Scientific memoirs by medical officers of the Army of India - Part X,
Year: 1897
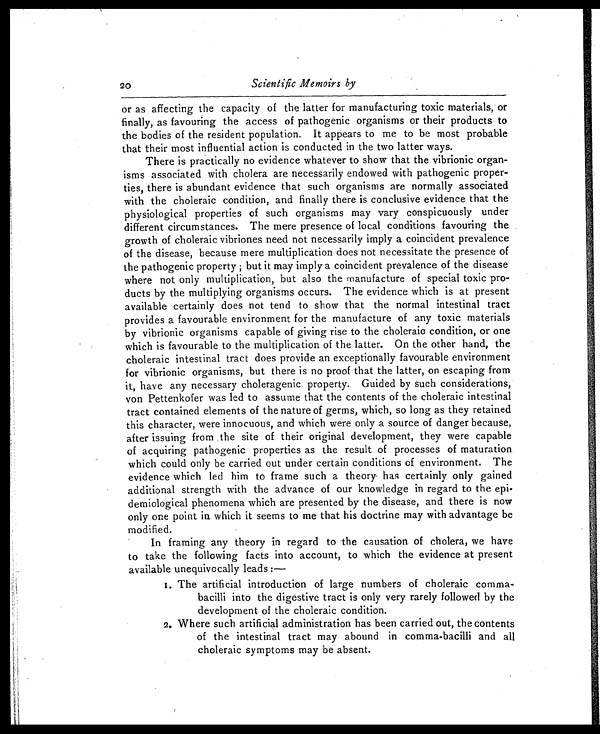
20
Scientific Memoirs by
or as affecting the capacity of the latter for manufacturing toxic materials, or
finally, as favouring the access of pathogenic organisms or their products to
the bodies of the resident population. It appears to me to be most probable
that their most influential action is conducted in the two latter ways.
There is practically no evidence whatever to show that the vibrionic organ-
isms associated with cholera are necessarily endowed with pathogenic proper-
ties, there is abundant evidence that such organisms are normally associated
with the choleraic condition, and finally there is conclusive evidence that the
physiological properties of such organisms may vary conspicuously under
different circumstances. The mere presence of local conditions favouring the
growth of choleraic vibriones need not necessarily imply a coincident prevalence
of the disease, because mere multiplication does not necessitate the presence of
the pathogenic property ; but it may imply a coincident prevalence of the disease
where not only multiplication, but also the manufacture of special toxic pro-
ducts by the multiplying organisms occurs. The evidence which is at present
available certainly does not tend to show that the normal intestinal tract
provides a favourable environment for the manufacture of any toxic materials
by vibrionic organisms capable of giving rise to the choleraic condition, or one
which is favourable to the multiplication of the latter. On the other hand, the
choleraic intestinal tract does provide an exceptionally favourable environment
for vibrionic organisms, but there is no proof that the latter, on escaping from
it, have any necessary choleragenic property. Guided by such considerations,
von Pettenkofer was led to assume that the contents of the choleraic intestinal
tract contained elements of the nature of germs, which, so long as they retained
this character, were innocuous, and which were only a source of danger because,
after issuing from the site of their original development, they were capable
of acquiring pathogenic properties as the result of processes of maturation
which could only be carried out under certain conditions of environment. The
evidence which led him to frame such a theory has certainly only gained
additional strength with the advance of our knowledge in regard to the epi-
demiological phenomena which are presented by the disease, and there is now
only one point in which it seems to me that his doctrine may with advantage be
modified.
In framing any theory in regard to the causation of cholera, we have
to take the following facts into account, to which the evidence at present
available unequivocally leads :—
1. The artificial introduction of large numbers of choleraic comma-
bacilli into the digestive tract is only very rarely followed by the
development of the choleraic condition.
2. Where such artificial administration has been carried out, the contents
of the intestinal tract may abound in comma-bacilli and all
choleraic symptoms may be absent.